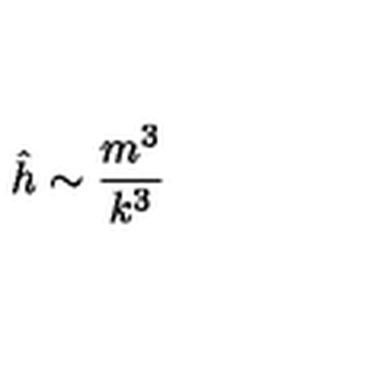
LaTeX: \hat { h } \sim { \frac { m ^ { 3 } } { k ^ { 3 } } }